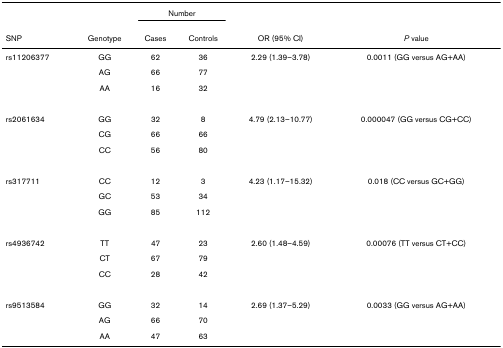
<table><thead><tr><td></td><td></td><td colspan="2"><b>Number</b></td><td></td><td></td></tr><tr><td><b>SNP</b></td><td><b>Genotype</b></td><td><b>Cases</b></td><td><b>Controls</b></td><td><b>OR (95% CI)</b></td><td><b><i>P </i>value</b></td></tr></thead><tbody><tr><td>rs11206377</td><td>GG</td><td>62</td><td>36</td><td>2.29 (1.39–3.78)</td><td>0.0011 (GG versus AG+AA)</td></tr><tr><td></td><td>AG</td><td>66</td><td>77</td><td></td><td></td></tr><tr><td></td><td>AA</td><td>16</td><td>32</td><td></td><td></td></tr><tr><td>rs2061634</td><td>GG</td><td>32</td><td>8</td><td>4.79 (2.13–10.77)</td><td>0.000047 (GG versus CG+CC)</td></tr><tr><td></td><td>CG</td><td>66</td><td>66</td><td></td><td></td></tr><tr><td></td><td>CC</td><td>56</td><td>80</td><td></td><td></td></tr><tr><td>rs317711</td><td>CC</td><td>12</td><td>3</td><td>4.23 (1.17–15.32)</td><td>0.018 (CC versus GC+GG)</td></tr><tr><td></td><td>GC</td><td>53</td><td>34</td><td></td><td></td></tr><tr><td></td><td>GG</td><td>85</td><td>112</td><td></td><td></td></tr><tr><td>rs4936742</td><td>TT</td><td>47</td><td>23</td><td>2.60 (1.48–4.59)</td><td>0.00076 (TT versus CT+CC)</td></tr><tr><td></td><td>CT</td><td>67</td><td>79</td><td></td><td></td></tr><tr><td></td><td>CC</td><td>28</td><td>42</td><td></td><td></td></tr><tr><td>rs9513584</td><td>GG</td><td>32</td><td>14</td><td>2.69 (1.37–5.29)</td><td>0.0033 (GG versus AG+AA)</td></tr><tr><td></td><td>AG</td><td>66</td><td>70</td><td></td><td></td></tr><tr><td></td><td>AA</td><td>47</td><td>63</td><td></td><td></td></tr></tbody></table>